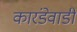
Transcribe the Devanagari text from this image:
कारंडेवाडी